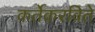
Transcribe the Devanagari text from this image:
कर्तेकरविते